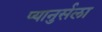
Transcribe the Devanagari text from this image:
प्यानुर्सला